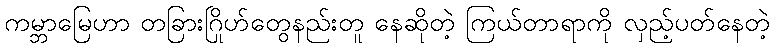
ကမ္ဘာမြေဟာ တခြားဂြိုဟ်တွေနည်းတူ နေဆိုတဲ့ ကြယ်တာရာကို လှည့်ပတ်နေတဲ့